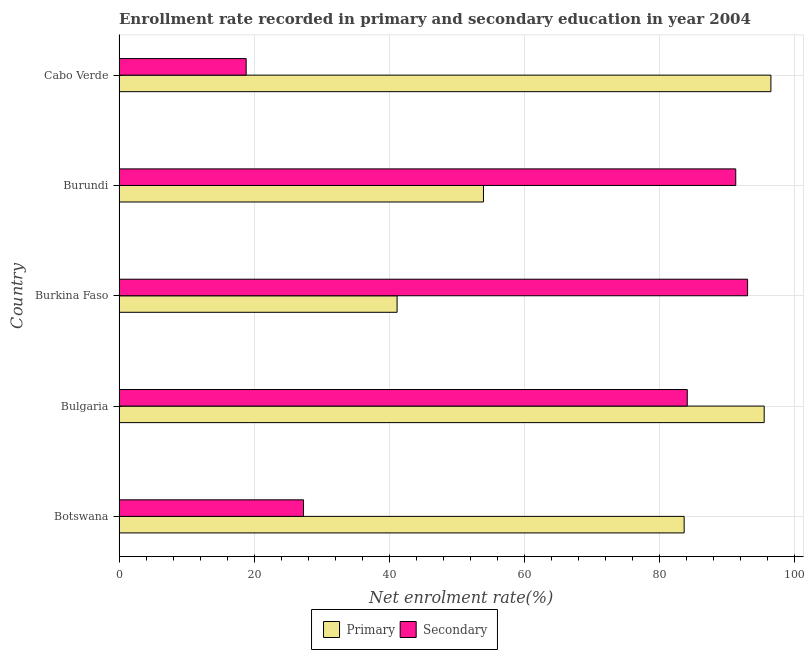
| Country | Primary | Secondary |
 | --- | --- | --- |
 | Botswana | 83.6 | 27.3 |
 | Bulgaria | 95.5 | 84.1 |
 | Burkina Faso | 41.1 | 93 |
 | Burundi | 53.9 | 91.3 |
 | Cabo Verde | 96.5 | 18.8 |